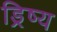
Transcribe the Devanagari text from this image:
ड्रिष्य